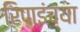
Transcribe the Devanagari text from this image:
रिपाइंच्या